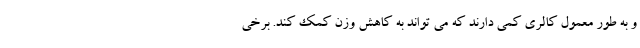
و به طور معمول کالری کمی دارند که می تواند به کاهش وزن کمک کند. برخی